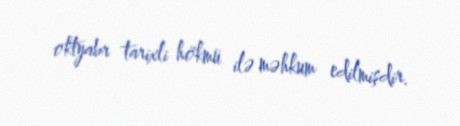
oktyabr tarixli hökmü ilə məhkum edilmişdir.